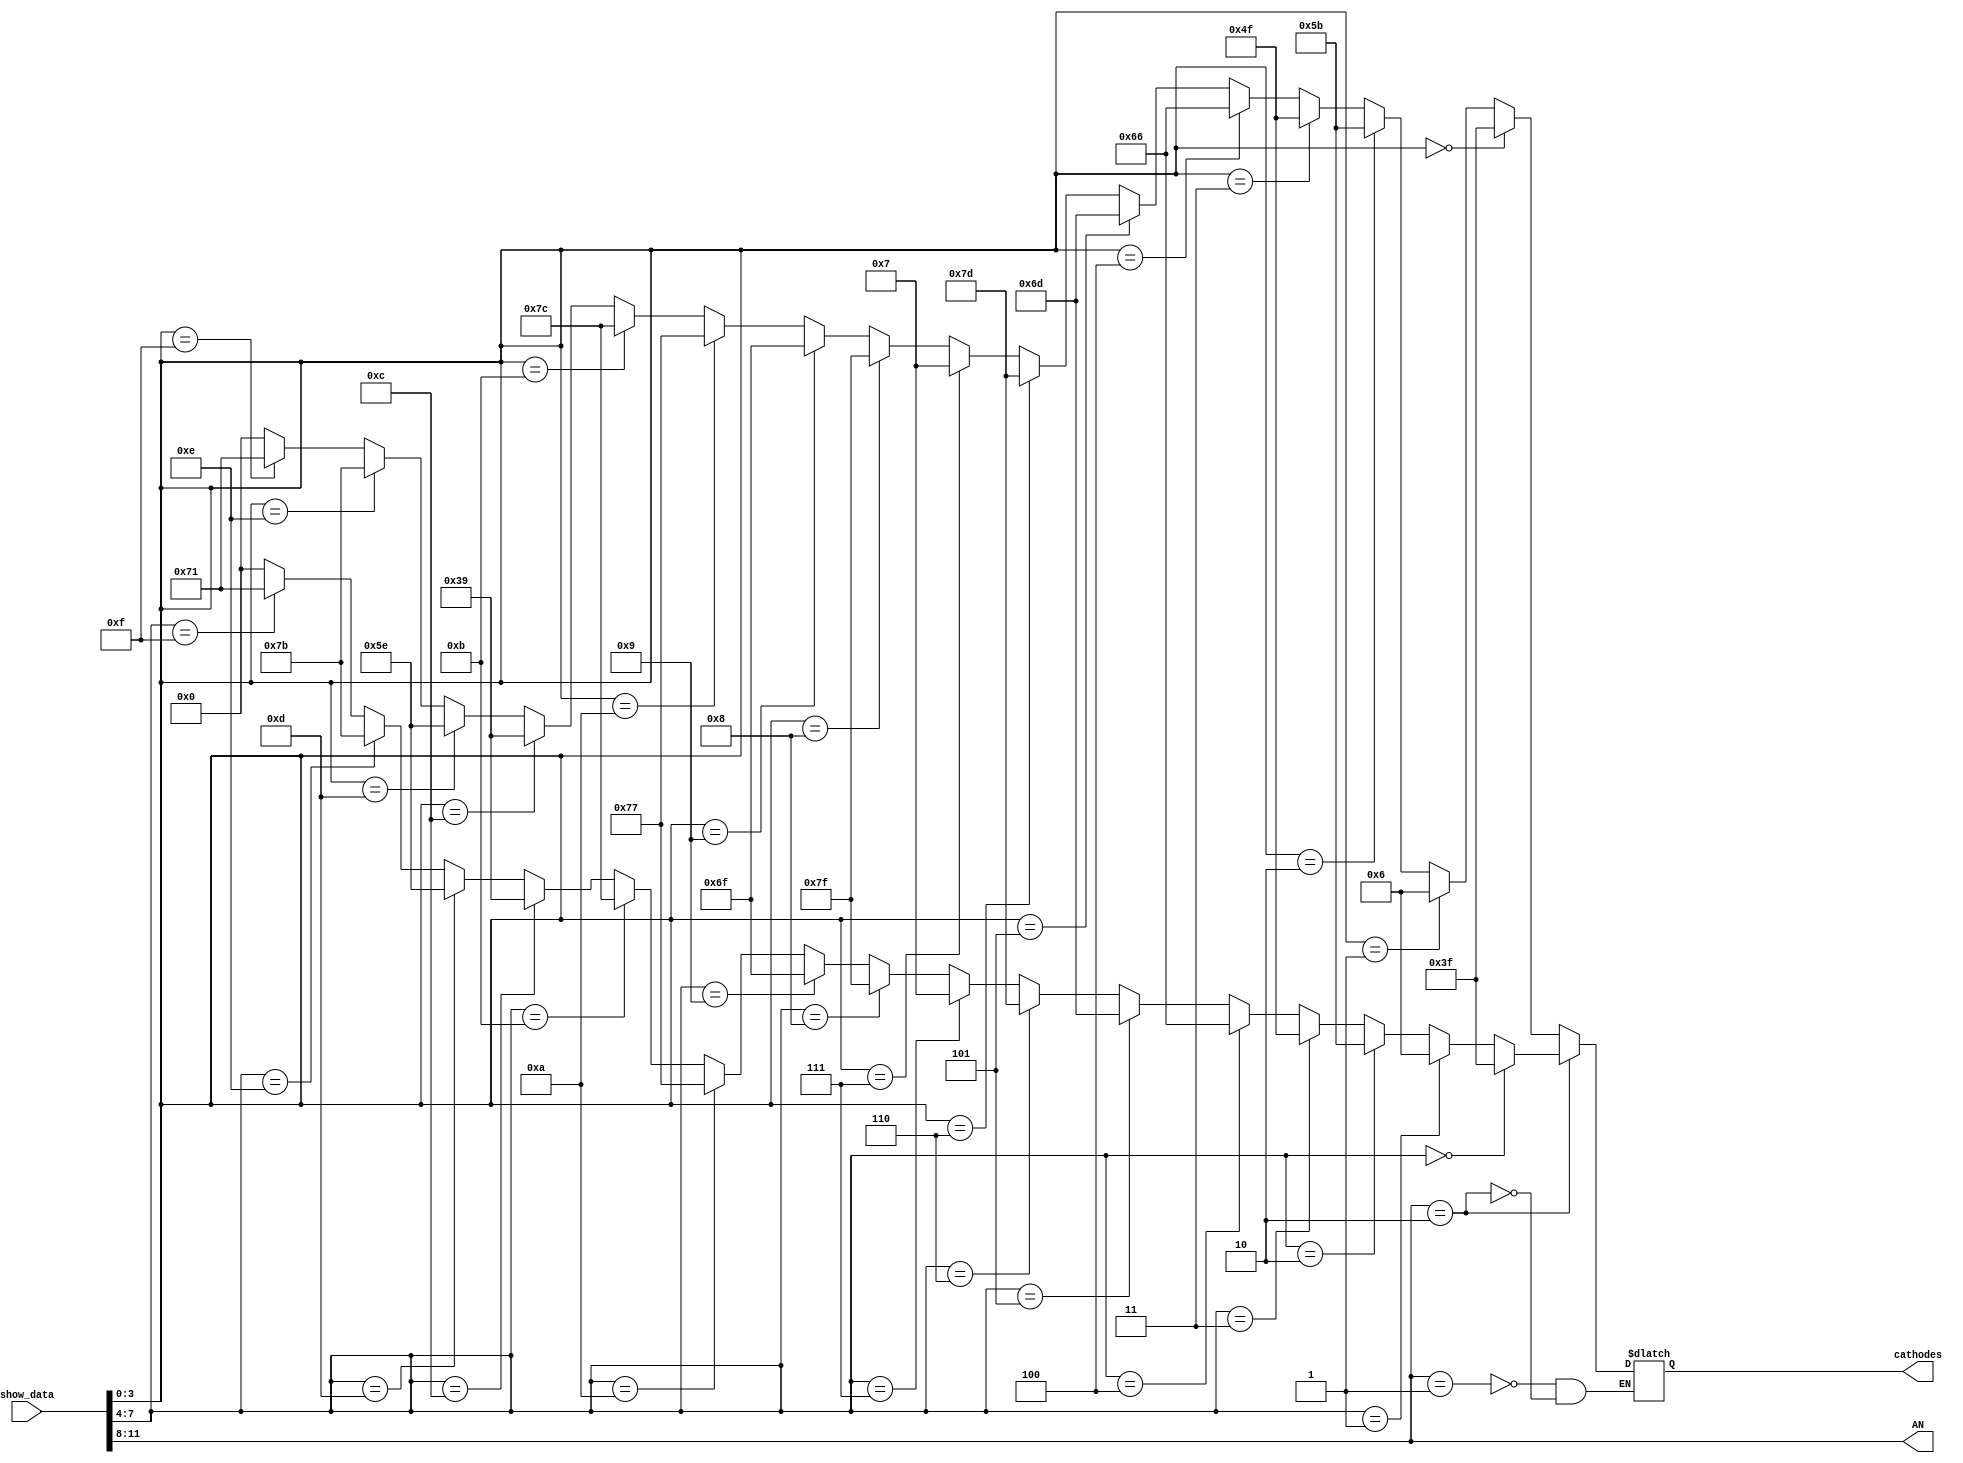
module Showaddr(
input [11:0]show_data,
output reg [6:0]cathodes,
output wire [3:0]AN
);
wire [6:0]led0;
wire [6:0]led1;
//wire [6:0]led2;
//wire [6:0]led3;
assign AN=show_data[11:8];
assign	led0=(show_data[3:0]==4'h0)?7'b0111111:
             (show_data[3:0]==4'h1)?7'b0000110:
             (show_data[3:0]==4'h2)?7'b1011011:
             (show_data[3:0]==4'h3)?7'b1001111:
             (show_data[3:0]==4'h4)?7'b1100110:
             (show_data[3:0]==4'h5)?7'b1101101:
             (show_data[3:0]==4'h6)?7'b1111101:
             (show_data[3:0]==4'h7)?7'b0000111:
             (show_data[3:0]==4'h8)?7'b1111111:
             (show_data[3:0]==4'h9)?7'b1101111:
             (show_data[3:0]==4'ha)?7'b1110111:
             (show_data[3:0]==4'hb)?7'b1111100:
             (show_data[3:0]==4'hc)?7'b0111001:
             (show_data[3:0]==4'hd)?7'b1011110:
             (show_data[3:0]==4'he)?7'b1111011:
             (show_data[3:0]==4'hf)?7'b1110001:7'b0;
 assign	led1=(show_data[7:4]==4'h0)?7'b0111111:
             (show_data[7:4]==4'h1)?7'b0000110:
             (show_data[7:4]==4'h2)?7'b1011011:
             (show_data[7:4]==4'h3)?7'b1001111:
             (show_data[7:4]==4'h4)?7'b1100110:
             (show_data[7:4]==4'h5)?7'b1101101:
             (show_data[7:4]==4'h6)?7'b1111101:
             (show_data[7:4]==4'h7)?7'b0000111:
             (show_data[7:4]==4'h8)?7'b1111111:
             (show_data[7:4]==4'h9)?7'b1101111:
             (show_data[7:4]==4'ha)?7'b1110111:
             (show_data[7:4]==4'hb)?7'b1111100:
             (show_data[7:4]==4'hc)?7'b0111001:
             (show_data[7:4]==4'hd)?7'b1011110:
             (show_data[7:4]==4'he)?7'b1111011:
             (show_data[7:4]==4'hf)?7'b1110001:7'b0;
 always @(*)begin
 case(show_data[11:8])
 				4'b0001: cathodes <=led0 ;	
 				4'b0010: cathodes <=led1 ;
				default: ;
 endcase
 end

endmodule